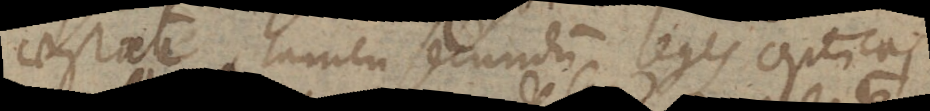
aestate, tamen secundum leges opticas